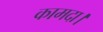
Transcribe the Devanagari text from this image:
कामदा।